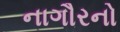
નાગૌરનો